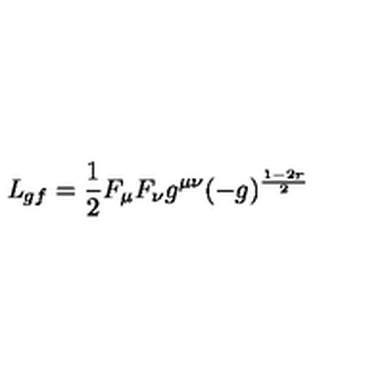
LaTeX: { \it L } _ { g f } = \frac { 1 } { 2 } F _ { \mu } F _ { \nu } g ^ { \mu \nu } ( - g ) ^ { \frac { 1 - 2 r } { 2 } }